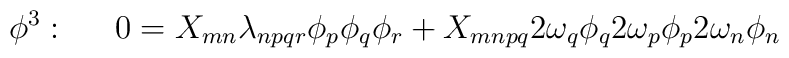
\phi^{3}: \;\;\;\;\;  0 = X_{mn} \lambda_{npqr}\phi_{p}\phi_{q}\phi_{r} + X_{mnpq} 2\omega_{q} \phi_{q} 2\omega_{p}\phi_{p} 2  \vspace{-12pt} \omega_{n}\phi_{n}